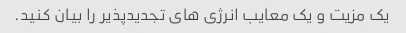
یک مزیت و یک معایب انرژی های تجدیدپذیر را بیان کنید.